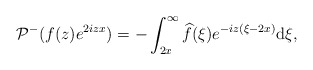
\begin{align*} & \mathcal{P}^- ( f(z) e^{ 2izx}) =- \int_{2x}^\infty \widehat{f} (\xi)e^{-iz(\xi-2x) } \mathrm{d}\xi,\end{align*}